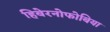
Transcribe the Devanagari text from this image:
हिबेरनोफोबिया